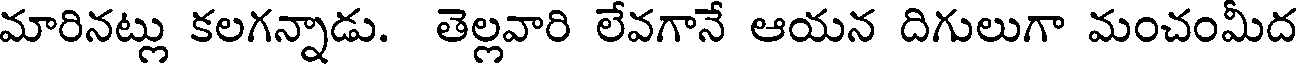
మారినట్లు కలగన్నాడు. తెల్లవారి లేవగానే ఆయన దిగులుగా మంచంమీద